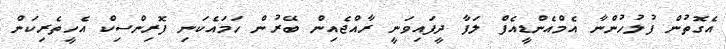
އެގޮތުން ފުލުހުންނާ އެމްއެންޑީއެފް ލަފާ ދީފައިވަނީ ރާއްޖެއިން ބޭރުން ހަަމައެކަނި ފޮރިންސިކް އެހީތެރިކަން